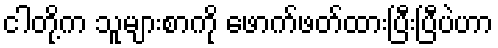
ငါတို့က သူများစာကို ဖောက်ဖတ်ထားပြီးပြီပဲဟာ